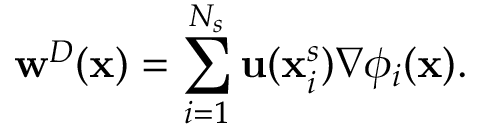
\mathbf { w } ^ { D } ( \mathbf { x } ) = \sum _ { i = 1 } ^ { N _ { s } } \mathbf { u } ( \mathbf { x } _ { i } ^ { s } ) \nabla { \phi } _ { i } ( \mathbf { x } ) .